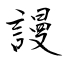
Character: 謾